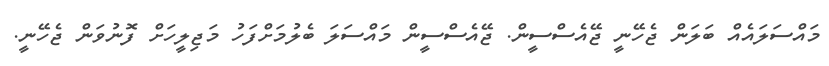
މައްސަލައެއް ބަލަން ޖެހޭނީ ޖޭއެސްސީން. ޖޭއެސްސީން މައްސަލަ ބެލުމަށްފަހު މަޖިލީހަށް ފޮނުވަން ޖެހޭނީ.